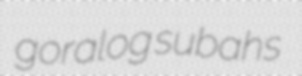
goralog subahs